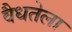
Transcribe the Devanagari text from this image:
वैधतेला